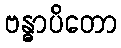
ဗန္ဓာပိတော